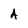
Character: A